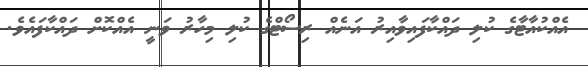
އެއްކުއާޓާގެ ކުލި ދައްކާފައިވާއިރު އަނެއް ރިސޯޓްގެ ކުލި މިހާރު ވަނީ އެއްކޮށް ދައްކާފައެވެ.